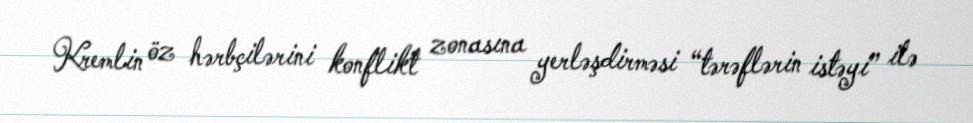
Kremlin öz hərbçilərini konflikt zonasına yerləşdirməsi “tərəflərin istəyi” ilə